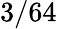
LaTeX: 3/64